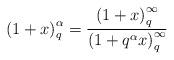
LaTeX: \begin{align*}\left( {1 + x} \right)_q^\alpha = \frac{{\left( {1 + x}\right)_q^\infty }}{{\left( {1 + q^\alpha x} \right)_q^\infty }}\end{align*}